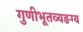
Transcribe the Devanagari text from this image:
गुणीभूतव्यङग्य